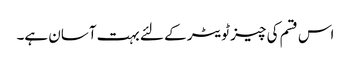
اس قسم کی چیز ٹویٹر کے لئے بہت آسان ہے۔